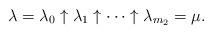
LaTeX: \begin{align*}\lambda = \lambda_0 \uparrow \lambda_1 \uparrow \cdots \uparrow \lambda_{m_2} = \mu. \end{align*}